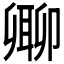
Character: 𠨥